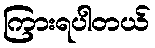
ကြားရပါတယ်